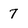
Character: 7